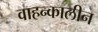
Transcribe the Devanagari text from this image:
वाहन्कालीन